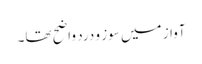
آواز میں سوز و درد واضح تھا۔